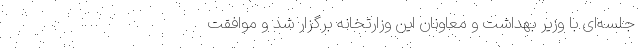
جلسه‌ای با وزیر بهداشت و معاونان این وزارتخانه برگزار شد و موافقت